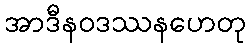
အာဒီနဝဒဿနဟေတု